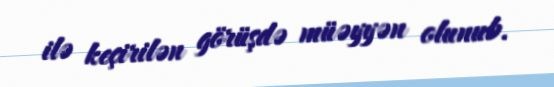
ilə keçirilən görüşdə müəyyən olunub.